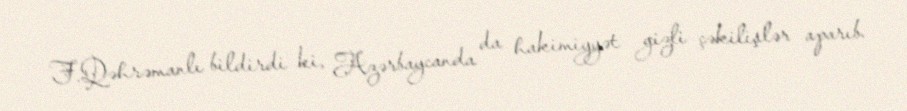
F.Qəhrəmanlı bildirdi ki, Azərbaycanda da hakimiyyət gizli çəkilişlər aparıb.